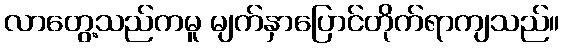
လာတွေ့သည်ကမူ မျက်နှာပြောင်တိုက်ရာကျသည်။